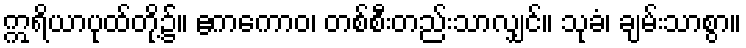
ဣရိယာပုထ်တို့၌။ ဧကကောဝ၊ တစ်စီးတည်းသာလျှင်။ သုခံ၊ ချမ်းသာစွာ။